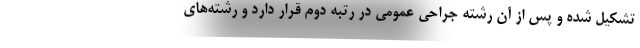
تشکیل شده و پس از آن رشته جراحی عمومی در رتبه دوم قرار دارد و رشته‌های